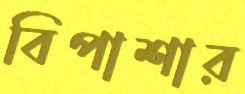
বিপাশার